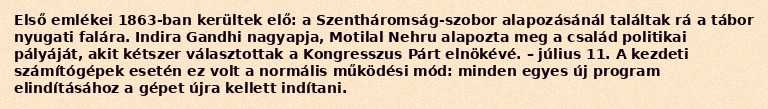
Első emlékei 1863-ban kerültek elő: a Szentháromság-szobor alapozásánál találtak rá a tábor nyugati falára. Indira Gandhi nagyapja, Motilal Nehru alapozta meg a család politikai pályáját, akit kétszer választottak a Kongresszus Párt elnökévé. – július 11. A kezdeti számítógépek esetén ez volt a normális működési mód: minden egyes új program elindításához a gépet újra kellett indítani.